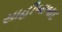
સાહીબાબાદ